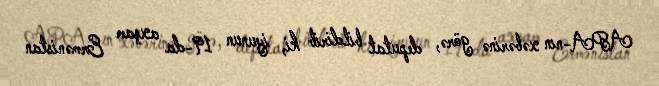
APA-nın xəbərinə görə, deputat bildirib ki, iyunun 19-da axşam Ermənistan